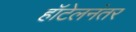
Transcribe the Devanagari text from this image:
हॉटेलनंतर